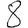
Digit: 8